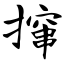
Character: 撺